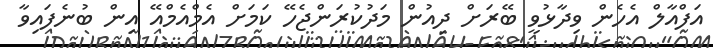
އަފްއާލް އެހެން ވިދާޅުވީ ބޭރަށް ދިއުން މަދުކުރަންޖެހޭ ކަމަށް އެމްއެމްއޭ އިން ބުނެފައިވާ